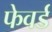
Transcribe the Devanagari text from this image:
फेवर्ड